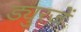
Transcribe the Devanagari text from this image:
ड्युरजें